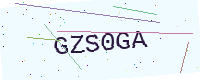
Text: GZS0GA